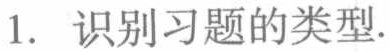
1. 识别习题的类型.